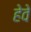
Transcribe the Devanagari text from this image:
हेवे